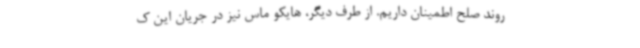
روند صلح اطمینان داریم. از طرف دیگر، هایکو ماس نیز در جریان این ک